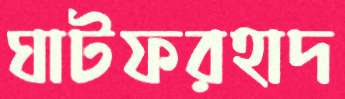
ঘাটফরহাদ